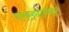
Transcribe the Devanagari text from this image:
मराठ्यांच्यात